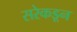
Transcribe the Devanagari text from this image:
सरेकडून